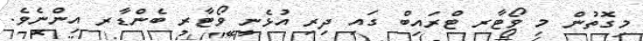
މިގޮތުން މި ވޯޓާރ ޓްރައިބް ގައި ދިރި އުޅެނީ ވޯޓާރ ބެންޑާރ އިންނެވެ.